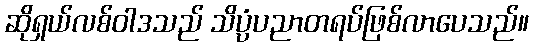
ဆိုရှယ်လစ်ဝါဒသည် သိပ္ပံပညာတရပ်ဖြစ်လာပေသည်။